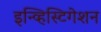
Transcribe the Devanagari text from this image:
इन्व्हिस्टिगेशन